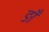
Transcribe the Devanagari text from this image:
ङाँ